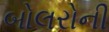
બોલરોની